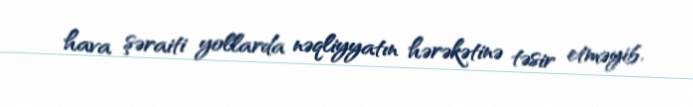
hava şəraiti yollarda nəqliyyatın hərəkətinə təsir etməyib.